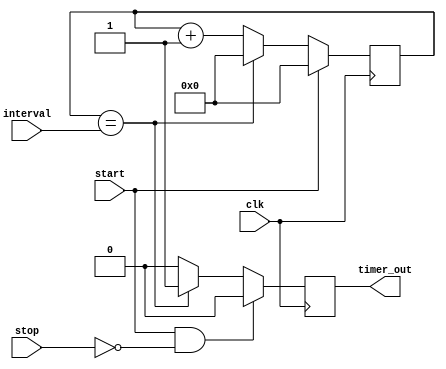
module Interval_Timer(
    input wire clk,
    input wire start,
    input wire stop,
    input wire [31:0] interval,
    output reg timer_out
);

reg [31:0] counter;

always @(posedge clk) begin
    if(start) begin
        counter <= 0;
    end else begin
        if(counter == interval) begin
            counter <= 0;
        end else begin
            counter <= counter + 1;
        end
    end
end

always @(posedge clk) begin
    if(start && !stop) begin
        timer_out <= 0;
    end else if(counter == interval) begin
        timer_out <= 1;
    end else begin
        timer_out <= 0;
    end
end

endmodule